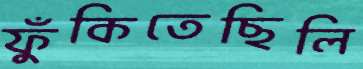
ফুঁকিতেছিলি